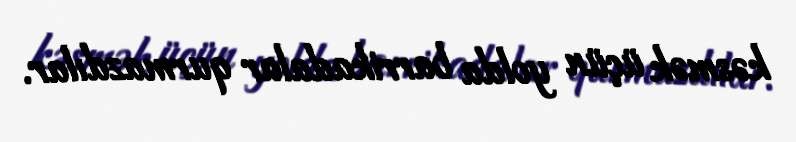
kəsmək üçün yolda barrikadalar qurmazdılar.